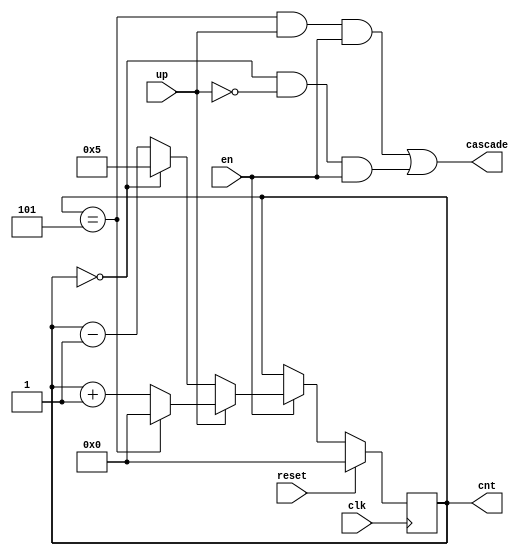
// hexcount.v
// Caleb Whitman
// EE 2390 Fall 2016
//Counts from 0 to 6. 
module hexcount(cnt,cascade,en,up,clk,reset);
    output [3:0]    cnt;
    output          cascade;
    input           en, up;
    input           clk, reset;

    reg    [3:0]    cnt, ncnt;

    always @(posedge clk) begin
        if(reset)
            cnt <= 4'b0000;
        else
            if(en)
                cnt <= ncnt;
            else
                cnt <= cnt;
    end

    always @(cnt, up) begin
        if(up)
            ncnt = (cnt==5) ? 0 : cnt+1;
        else
            ncnt = (cnt==0) ? 5 : cnt-1;
    end

    assign cascade = ((cnt==5) && up && en) || ((cnt==0) && !up && en);
endmodule